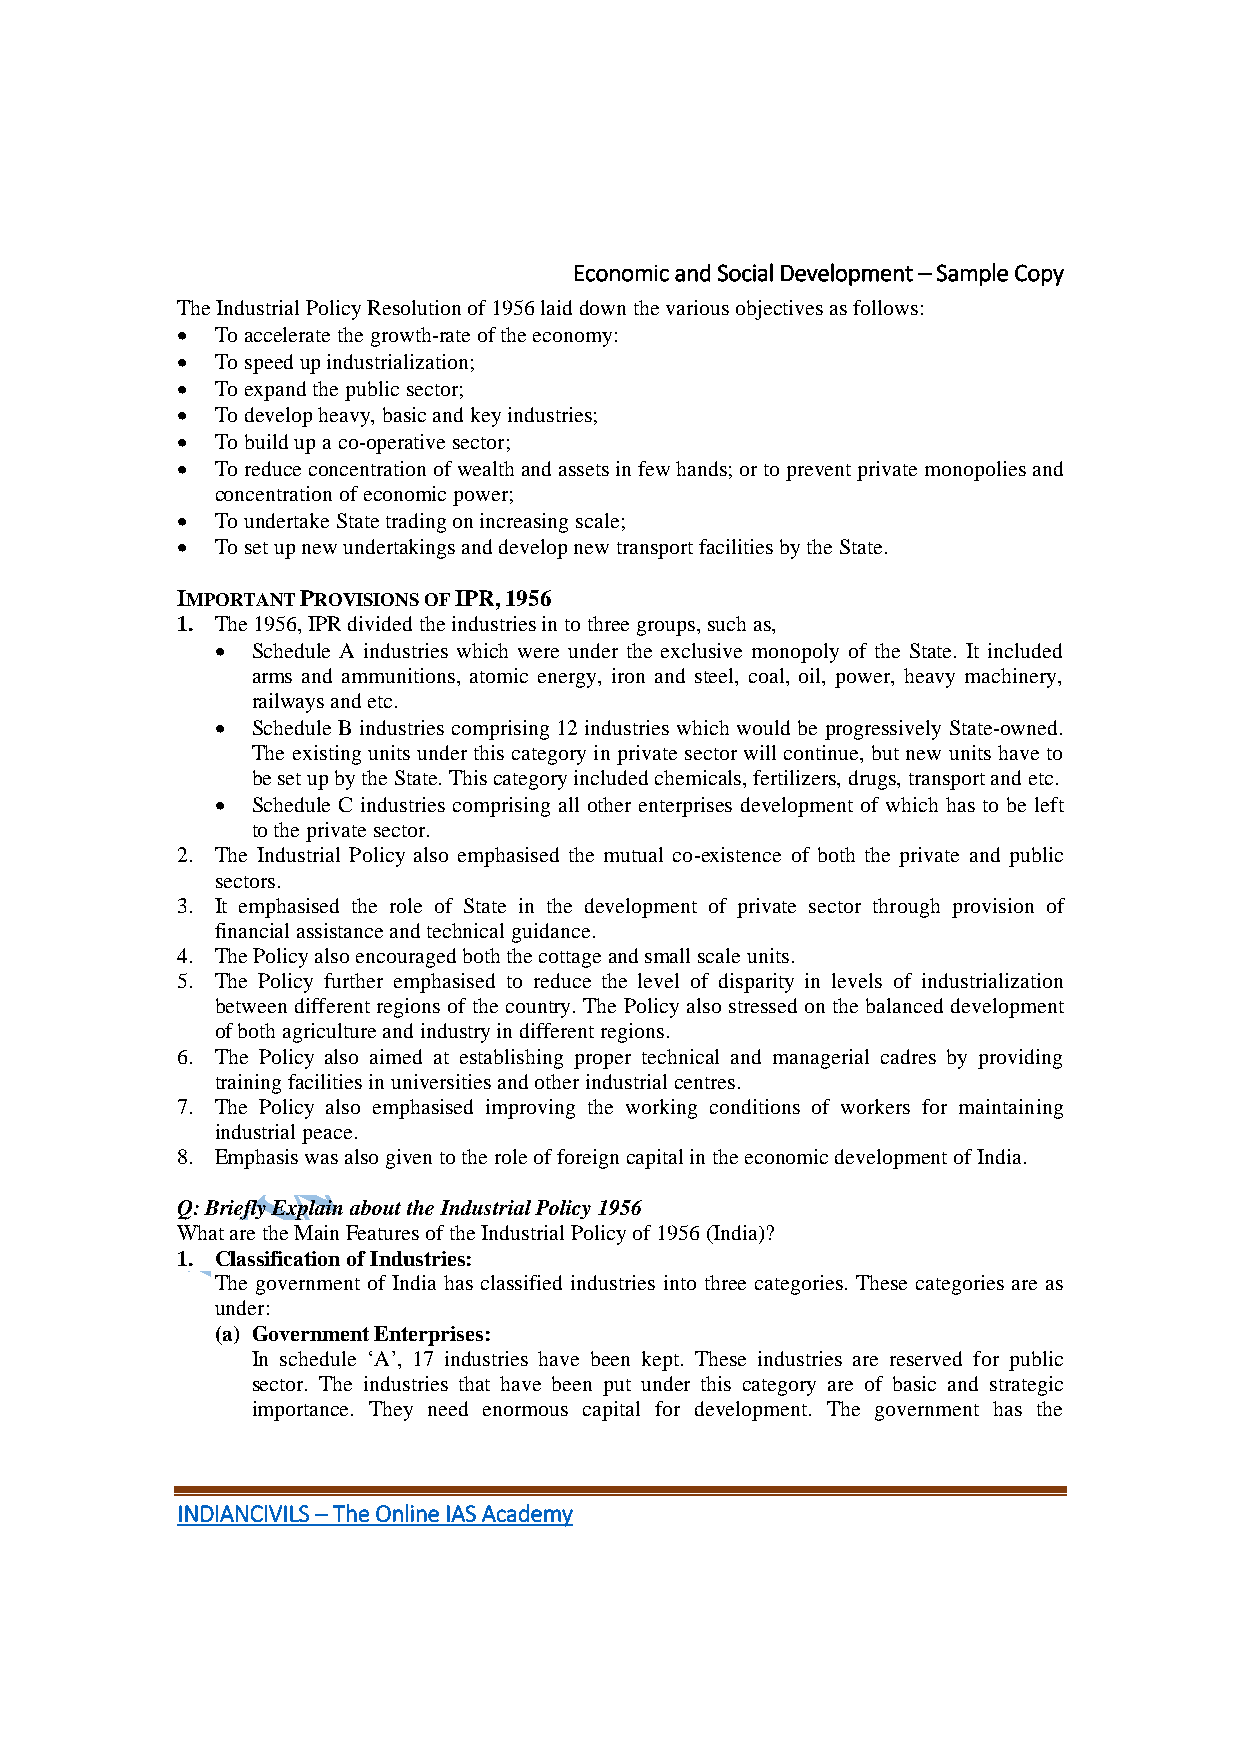
Economic and Social Development – Sample Copy
 The Industrial Policy Resolution of 1956 laid down the various objectives as follows:
  To accelerate the growth-rate of the economy:
  To speed up industrialization;
  To expand the public sector;
  To develop heavy, basic and key industries;
  To build up a co-operative sector;
  To reduce concentration of wealth and assets in few hands; or to prevent private monopolies and
 concentration of economic power;
  To undertake State trading on increasing scale;
  To set up new undertakings and develop new transport facilities by the State.
 IMPORTANT PROVISIONS OF IPR, 1956
 1. The 1956, IPR divided the industries in to three groups, such as,
   Schedule A industries which were under the exclusive monopoly of the State. It included
 arms and ammunitions, atomic energy, iron and steel, coal, oil, power, heavy machinery,
 railways and etc.
   Schedule B industries comprising 12 industries which would be progressively State-owned.
 The existing units under this category in private sector will continue, but new units have to
 be set up by the State. This category included chemicals, fertilizers, drugs, transport and etc.
   Schedule C industries comprising all other enterprises development of which has to be left
 to the private sector.
 2. The Industrial Policy also emphasised the mutual co-existence of both the private and public
 sectors.
 3. It emphasised the role of State in the development of private sector through provision of
 financial assistance and technical guidance.
 4. The Policy also encouraged both the cottage and small scale units.
 5. The Policy further emphasised to reduce the level of disparity in levels of industrialization
 between different regions of the country. The Policy also stressed on the balanced development
 of both agriculture and industry in different regions.
 6. The Policy also aimed at establishing proper technical and managerial cadres by providing
 training facilities in universities and other industrial centres.
 7. The Policy also emphasised improving the working conditions of workers for maintaining
 industrial peace.
 8. Emphasis was also given to the role of foreign capital in the economic development of India.
 Q: Briefly Explain about the Industrial Policy 1956
 What are the Main Features of the Industrial Policy of 1956 (India)?
 1. Classification of Industries:
 The government of India has classified industries into three categories. These categories are as
 under:
 (a) Government Enterprises:
 In schedule ‘A’, 17 industries have been kept. These industries are reserved for public
 sector. The industries that have been put under this category are of basic and strategic
 importance. They need enormous capital for development. The government has the
 INDIANCIVILS – The Online IAS Academy